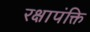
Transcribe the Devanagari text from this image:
रक्षापंक्ति